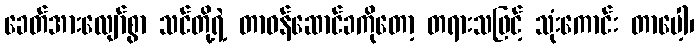
ခေတ်အားလျော်စွာ သင်တို့ရဲ့ တာဝန်ဆောင်ခကိုတော့ တရားသဖြင့် သုံးကောင်း တာပေါ့၊